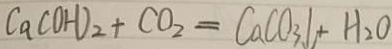
C a ( O H ) _ { 2 } + C O _ { 2 } = C a C O _ { 3 } \downarrow + H _ { 2 } O